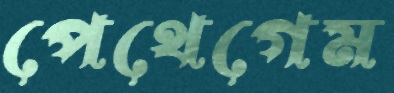
পেথেগেম